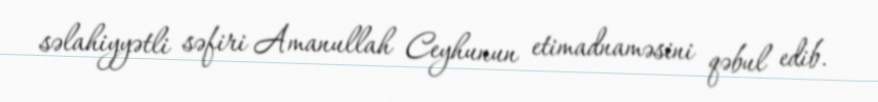
səlahiyyətli səfiri Amanullah Ceyhunun etimadnaməsini qəbul edib.